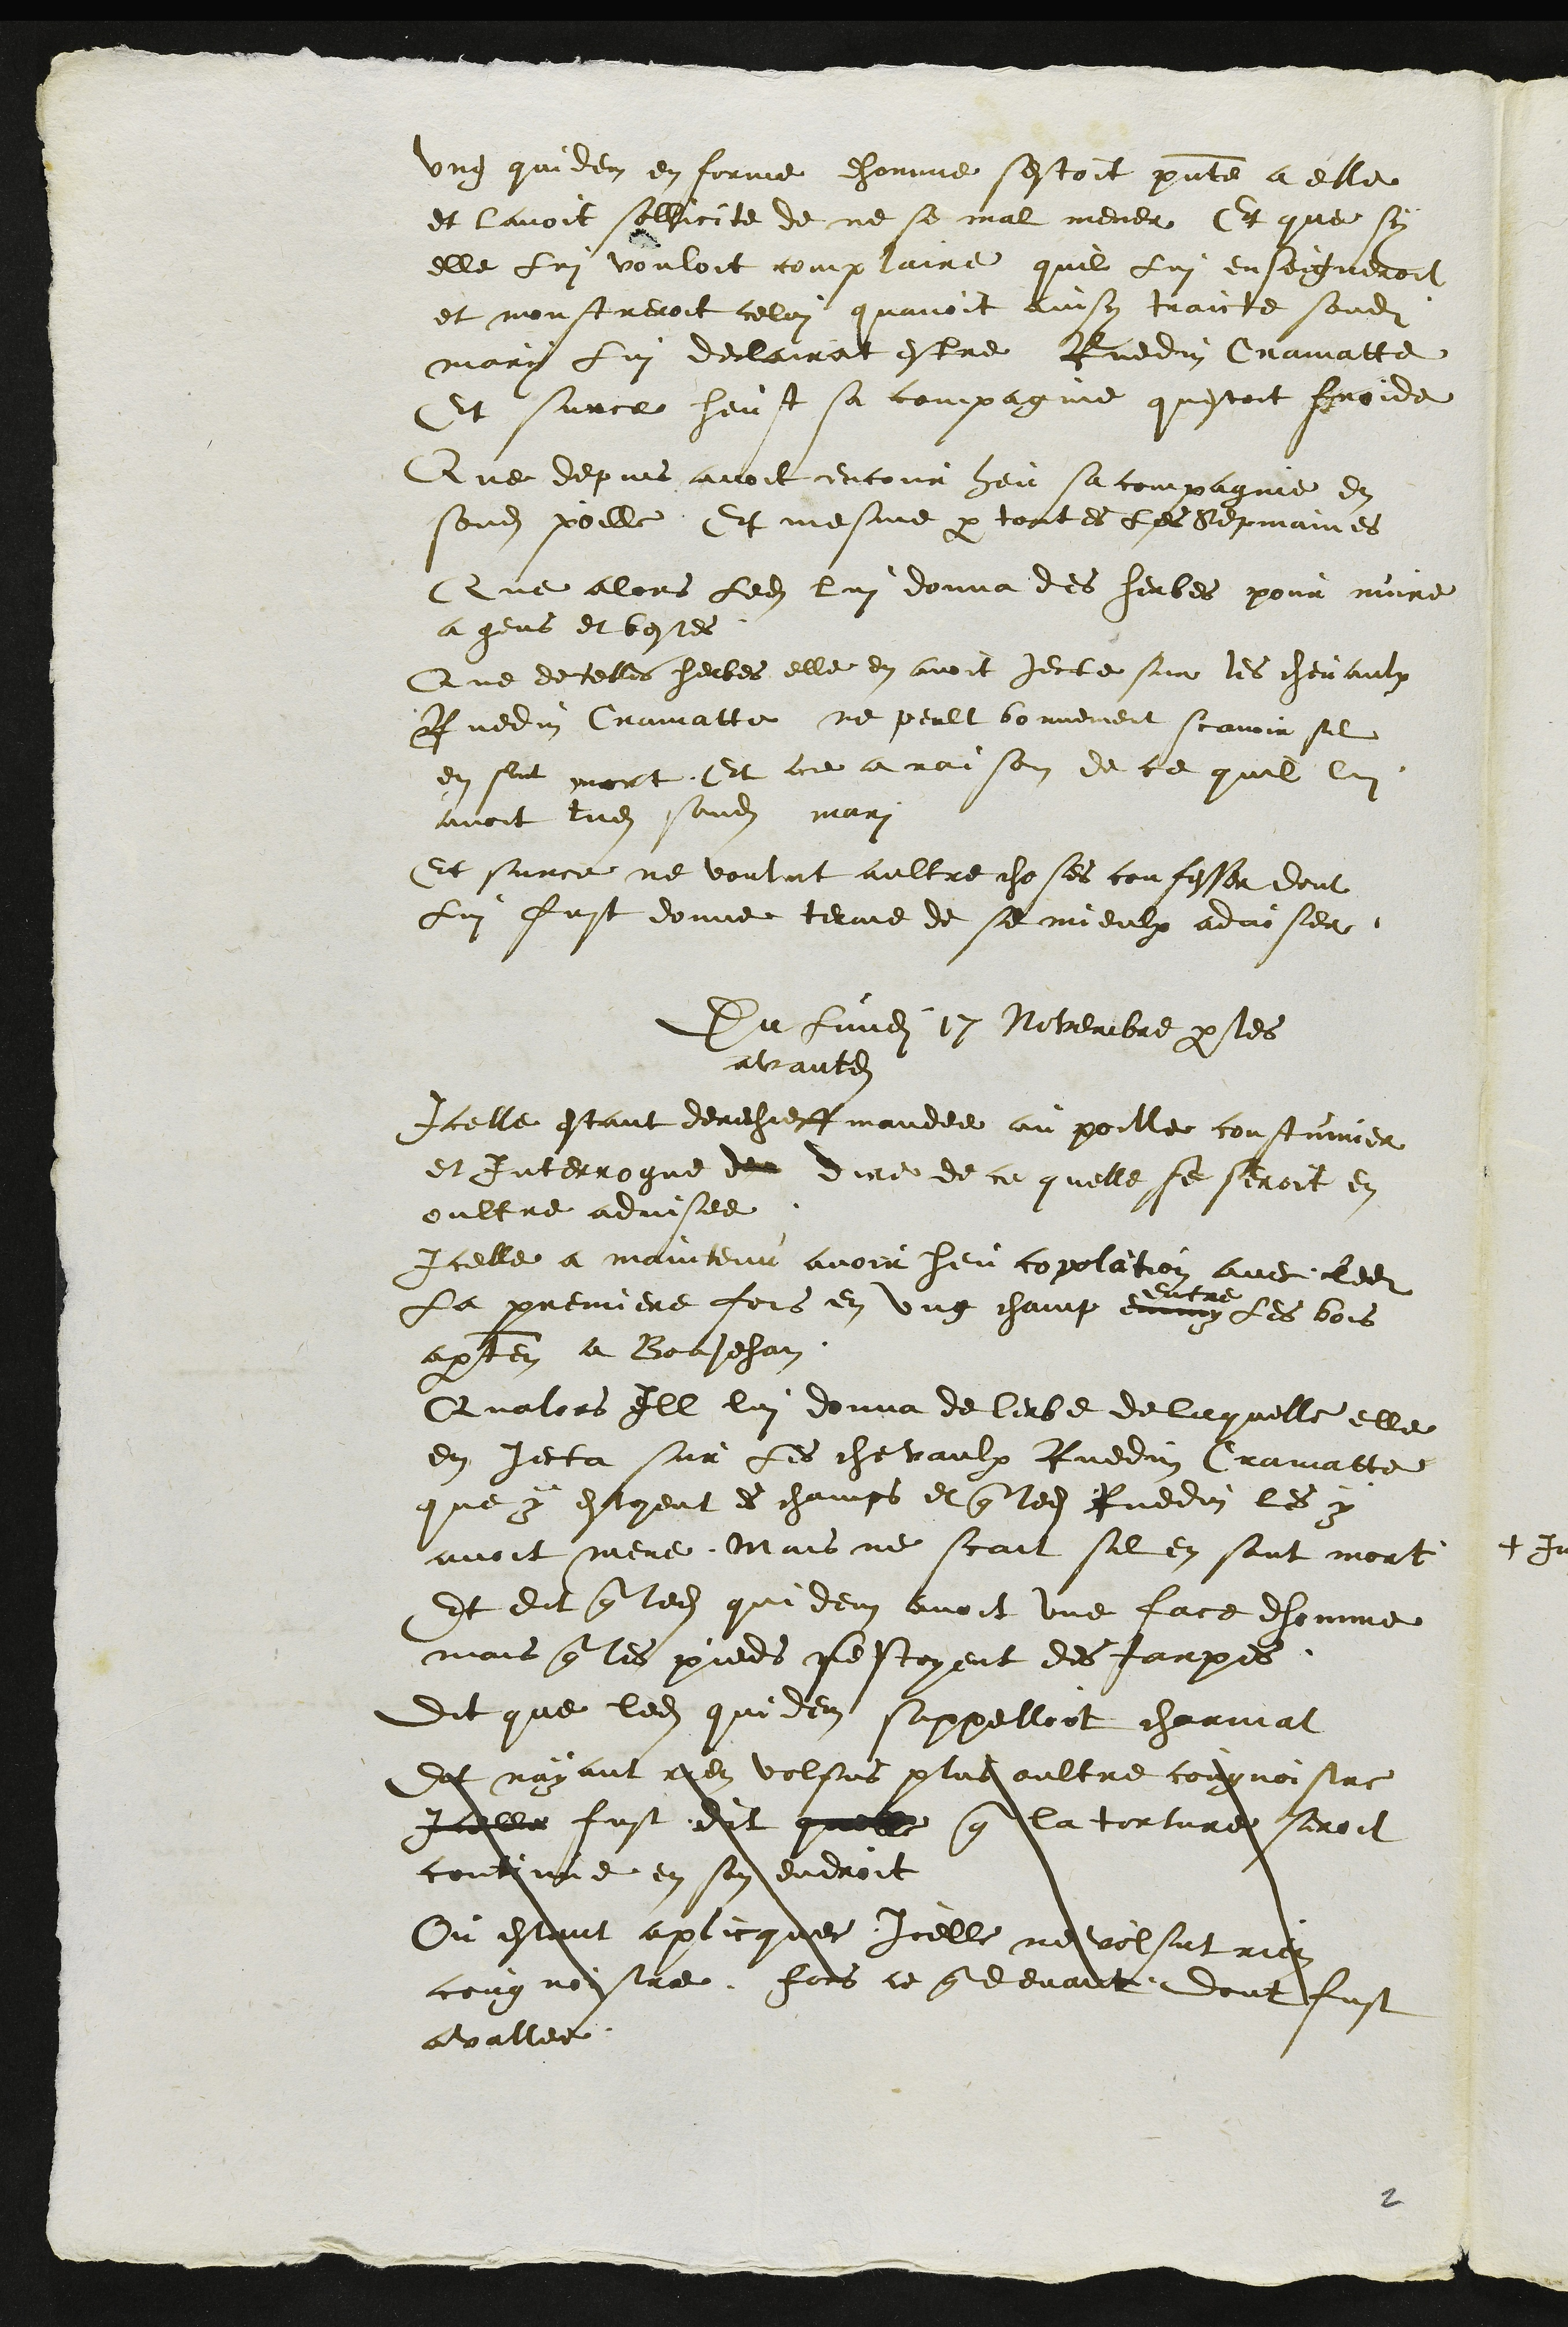
ung quidem en forme dhomme sestoit presente a elle
et lavoit sollicite de ne se mal mener Et que sy
elle Lui vouloit complaire quil Lui enseigneroit
et monstreroit celui quavoit ainsy traicte sondit
mary lui declairat estre Ruedin Cramatte
Et surce heust sa compagnie questoit froide
Que depuis avoit encour heu sa compagnie en
sondit poille Et mesme par toutes les sepmaines
Que alors ledit lui donna des herbes pour nuire
a gens et bestes
Que de telles herbes elle en avoit jecte sur les chevaulx
Ruedin Cramatte ne peult bonnement scavoir sil
en sont mort Et ce a raison de ce quil lui
avoit tue sondit mari
Et surce ne voulut aultre choses confesser dont
Lui fust donne terme de se mieulx adviser.
Du lundi 17 Novembre par les
avantdits
Icelle estant derechieff mandee au poille coustumier
et Interrogue de dire de ce quelle se seroit en
oultre advisee
Icelle a maintenu avoir heu copolation avec ledit
La premiere fois en ung champ enmy
entre
les bois
apartenant a BonJehan
Qualors Ill lui donna de lerbe de laquelle elle
en jecta sur les chevaulx Ruedin Cramatte
que y estoient es champs et que ledit Ruedin les y
avoit mene Mais ne scait sil en sont mort
Et dit que ledit quidem avoit une face dhomme
mais que les pieds sestoyent des tarpes
dit que ledit quidem sappelloit charmat
Et nayant rien volsus plus oultre cougnoistre
Icelle fust dit quelle que la torture seroit
continue en son endroit
Ou estant aplicquee Icelle ne volsut rien
cougnoistre fors ce que devant dont fust
avallee